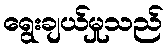
ရွေးချယ်မှုသည်